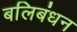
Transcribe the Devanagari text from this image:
बलिबंधन